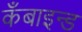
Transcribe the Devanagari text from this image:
कँबाइन्ड